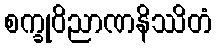
စက္ခုဝိညာဏနိဿိတံ